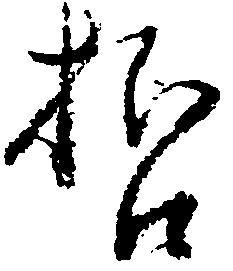
哲